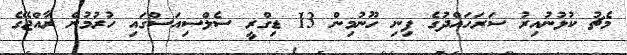
މެޗު ކުޅުނުއިރު ސަރަހައްދުގެ ފިނި ހޫނުމިން 13 ޑިގްރީ ސެލްސިއަސްގައި ހުރުމުން ރާއްޖޭގެ